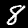
Digit: 8